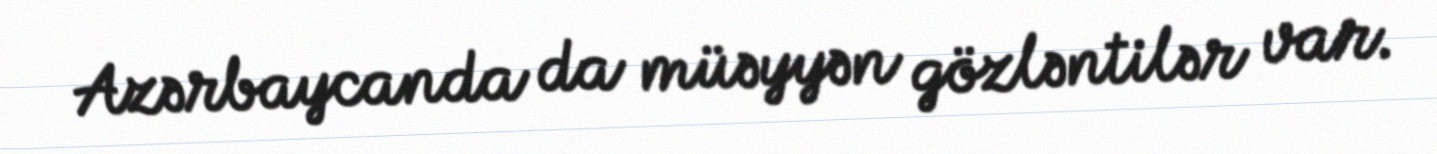
Azərbaycanda da müəyyən gözləntilər var.